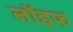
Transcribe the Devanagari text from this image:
लॉइफ